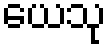
ယေသု